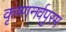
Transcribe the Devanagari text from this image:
कृष्णनर्वपुरम